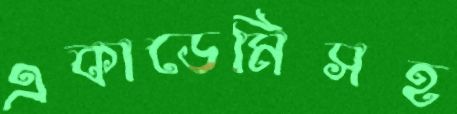
একাডেমিসহ